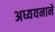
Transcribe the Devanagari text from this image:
अध्ययनाने